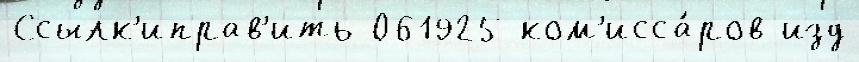
Ссылк'иправ'ить 061925 ком'исса́ров изд